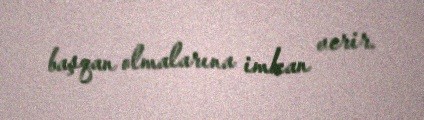
başqan olmalarına imkan verir.